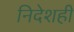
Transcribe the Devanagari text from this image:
निदेशही